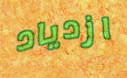
ازدياد